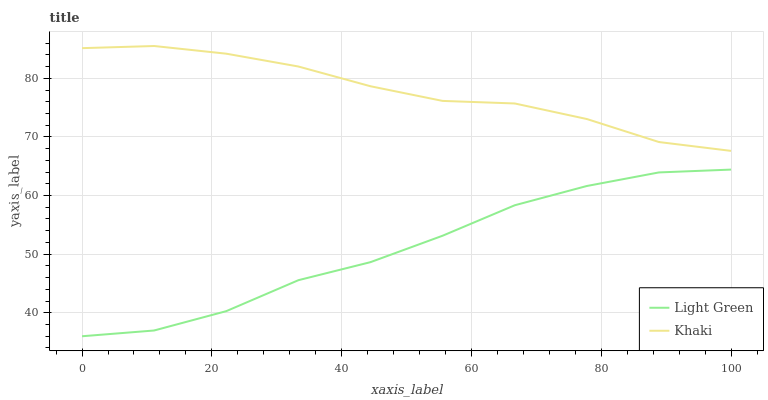
| xaxis_label | Light Green | Khaki |
 | --- | --- | --- |
 | 0 | 36 | 85.1 |
 | 11.1 | 37 | 85.5 |
 | 22.2 | 40.3 | 84.2 |
 | 33.3 | 45.6 | 82 |
 | 44.4 | 48.6 | 78.6 |
 | 55.6 | 53.1 | 76.1 |
 | 66.7 | 58.3 | 75.7 |
 | 77.8 | 61.6 | 73.1 |
 | 88.9 | 63.9 | 69.1 |
 | 100 | 64.4 | 67.6 |